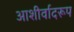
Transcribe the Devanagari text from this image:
आशीर्वादरूप